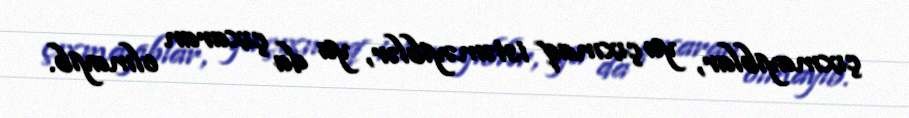
çıxmayıblar, ya çıxmaq istəməyiblər, ya da çıxaran olmayıb.